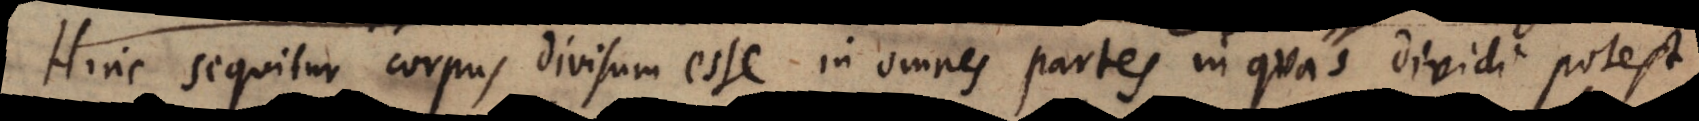
Hinc sequitur corpus divisum esse in omnes partes in quas dividi potest,